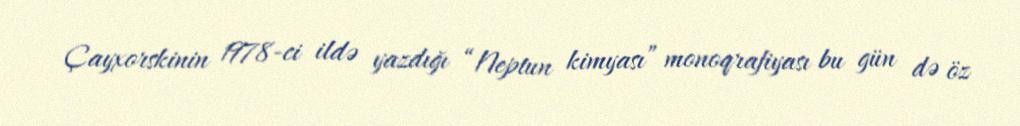
Çayxorskinin 1978-ci ildə yazdığı “Neptun kimyası” monoqrafiyası bu gün də öz